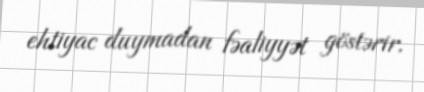
ehtiyac duymadan fəaliyyət göstərir.